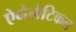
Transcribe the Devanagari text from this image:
ऐनेलेटिकल